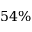
5 4 \%